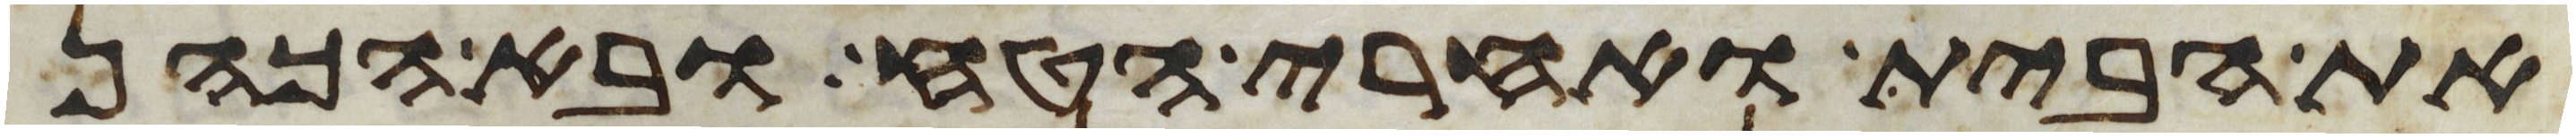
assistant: את הבית ואחרי הטח ובא הכהן